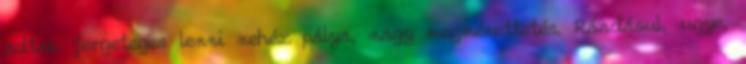
adtak fergeteges lenni nehéz pálya, nagy megmérettetés. Ráadásul, ugye,